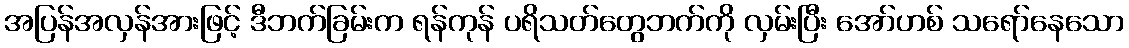
အပြန်အလှန်အားဖြင့် ဒီဘက်ခြမ်းက ရန်ကုန် ပရိသတ်တွေဘက်ကို လှမ်းပြီး အော်ဟစ် သရော်နေသော